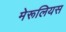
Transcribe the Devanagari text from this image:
मेरूलियस